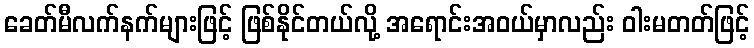
ခေတ်မီလက်နက်များဖြင့် ဖြစ်နိုင်တယ်လို့ အရောင်းအဝယ်မှာလည်း ဝါးမတတ်ဖြင့်